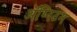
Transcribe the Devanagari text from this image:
ॲग्निटम